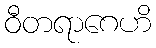
ဝီတရာဂေဟိ